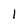
Character: 1